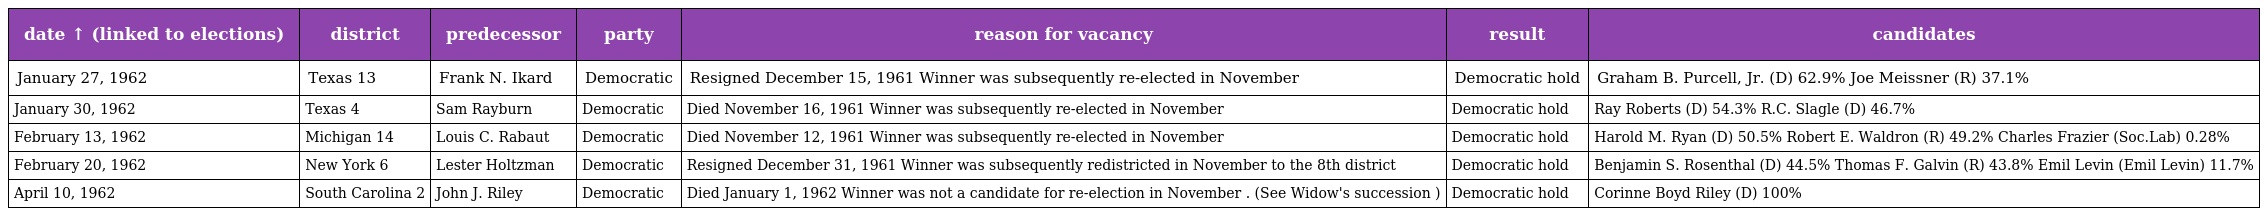
| date ↑ (linked to elections) | district | predecessor | party | reason for vacancy | result | candidates |
 | --- | --- | --- | --- | --- | --- | --- |
 | January 27, 1962 | Texas 13 | Frank N. Ikard | Democratic | Resigned December 15, 1961 Winner was subsequently re-elected in November | Democratic hold | Graham B. Purcell, Jr. (D) 62.9% Joe Meissner (R) 37.1% |
 | January 30, 1962 | Texas 4 | Sam Rayburn | Democratic | Died November 16, 1961 Winner was subsequently re-elected in November | Democratic hold | Ray Roberts (D) 54.3% R.C. Slagle (D) 46.7% |
 | February 13, 1962 | Michigan 14 | Louis C. Rabaut | Democratic | Died November 12, 1961 Winner was subsequently re-elected in November | Democratic hold | Harold M. Ryan (D) 50.5% Robert E. Waldron (R) 49.2% Charles Frazier (Soc.Lab) 0.28% |
 | February 20, 1962 | New York 6 | Lester Holtzman | Democratic | Resigned December 31, 1961 Winner was subsequently redistricted in November to the 8th district | Democratic hold | Benjamin S. Rosenthal (D) 44.5% Thomas F. Galvin (R) 43.8% Emil Levin (Emil Levin) 11.7% |
 | April 10, 1962 | South Carolina 2 | John J. Riley | Democratic | Died January 1, 1962 Winner was not a candidate for re-election in November . (See Widow's succession ) | Democratic hold | Corinne Boyd Riley (D) 100% |